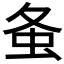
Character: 𧈸